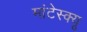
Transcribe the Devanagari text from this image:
मांटेस्क्यू